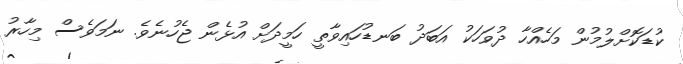
ކުޑަކޮށްލުމުން މަހެއްހާ ދުވަހަކު އަބަދު ބަނޑުހައިވާތީ ހަމީދަށް އުޅެން ޖެހުނެވެ. ނަމަވެސް މިހާރު